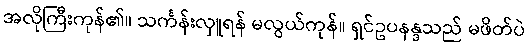
အလိုကြီးကုန်၏။ သင်္ကန်းလှူရန် မလွယ်ကုန်။ ရှင်ဥပနန္ဒသည် မဖိတ်ပဲ